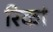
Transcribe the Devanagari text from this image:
रिकां